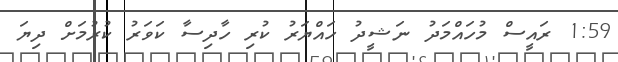
1:59 ރައީސް މުހައްމަދު ނަޝީދު ހައްޔަރު ކުރި ހާދިސާ ކަވަރު ކުރުމަށް ދިޔަ